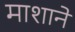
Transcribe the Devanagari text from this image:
माशाने